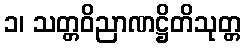
၁၊ သတ္တဝိညာဏဋ္ဌိတိသုတ္တ